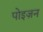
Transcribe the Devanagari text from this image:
पोइज़न